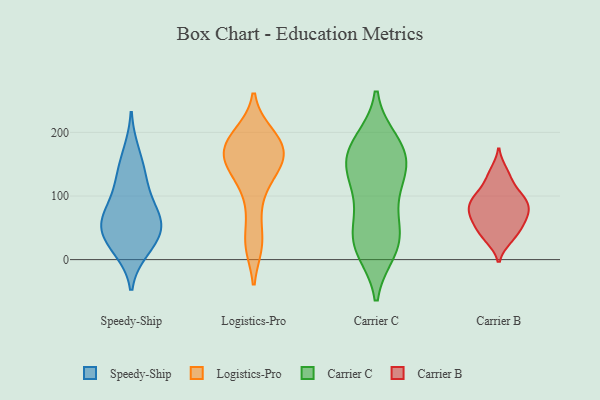
{"axis": {"x": "Production Output", "y": "Value"}, "legend": ["Carrier B", "Carrier C", "Logistics-Pro", "Speedy-Ship"], "data": [{"x": "", "y": 50, "type": "Speedy-Ship"}, {"x": "", "y": 56, "type": "Speedy-Ship"}, {"x": "", "y": 15, "type": "Speedy-Ship"}, {"x": "", "y": 82, "type": "Speedy-Ship"}, {"x": "", "y": 57, "type": "Speedy-Ship"}, {"x": "", "y": 36, "type": "Speedy-Ship"}, {"x": "", "y": 18, "type": "Speedy-Ship"}, {"x": "", "y": 94, "type": "Speedy-Ship"}, {"x": "", "y": 170, "type": "Speedy-Ship"}, {"x": "", "y": 130, "type": "Speedy-Ship"}, {"x": "", "y": 132, "type": "Speedy-Ship"}, {"x": "", "y": 59, "type": "Speedy-Ship"}, {"x": "", "y": 157, "type": "Logistics-Pro"}, {"x": "", "y": 195, "type": "Logistics-Pro"}, {"x": "", "y": 185, "type": "Logistics-Pro"}, {"x": "", "y": 152, "type": "Logistics-Pro"}, {"x": "", "y": 24, "type": "Logistics-Pro"}, {"x": "", "y": 81, "type": "Logistics-Pro"}, {"x": "", "y": 179, "type": "Logistics-Pro"}, {"x": "", "y": 163, "type": "Logistics-Pro"}, {"x": "", "y": 165, "type": "Logistics-Pro"}, {"x": "", "y": 198, "type": "Logistics-Pro"}, {"x": "", "y": 25, "type": "Logistics-Pro"}, {"x": "", "y": 135, "type": "Logistics-Pro"}, {"x": "", "y": 124, "type": "Logistics-Pro"}, {"x": "", "y": 171, "type": "Carrier C"}, {"x": "", "y": 40, "type": "Carrier C"}, {"x": "", "y": 180, "type": "Carrier C"}, {"x": "", "y": 18, "type": "Carrier C"}, {"x": "", "y": 15, "type": "Carrier C"}, {"x": "", "y": 130, "type": "Carrier C"}, {"x": "", "y": 157, "type": "Carrier C"}, {"x": "", "y": 168, "type": "Carrier C"}, {"x": "", "y": 97, "type": "Carrier C"}, {"x": "", "y": 185, "type": "Carrier C"}, {"x": "", "y": 73, "type": "Carrier C"}, {"x": "", "y": 132, "type": "Carrier C"}, {"x": "", "y": 29, "type": "Carrier C"}, {"x": "", "y": 31, "type": "Carrier C"}, {"x": "", "y": 138, "type": "Carrier C"}, {"x": "", "y": 81, "type": "Carrier B"}, {"x": "", "y": 44, "type": "Carrier B"}, {"x": "", "y": 65, "type": "Carrier B"}, {"x": "", "y": 99, "type": "Carrier B"}, {"x": "", "y": 33, "type": "Carrier B"}, {"x": "", "y": 57, "type": "Carrier B"}, {"x": "", "y": 35, "type": "Carrier B"}, {"x": "", "y": 88, "type": "Carrier B"}, {"x": "", "y": 130, "type": "Carrier B"}, {"x": "", "y": 85, "type": "Carrier B"}, {"x": "", "y": 63, "type": "Carrier B"}, {"x": "", "y": 74, "type": "Carrier B"}, {"x": "", "y": 138, "type": "Carrier B"}, {"x": "", "y": 97, "type": "Carrier B"}, {"x": "", "y": 108, "type": "Carrier B"}]}